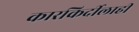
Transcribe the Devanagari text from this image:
कारकिर्दीलाही